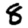
Digit: 8